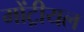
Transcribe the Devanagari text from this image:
मोंट्रीयल